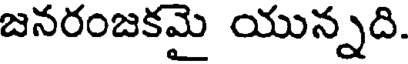
జనరంజకమై యున్నది.